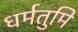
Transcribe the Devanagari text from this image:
धर्मतुमि